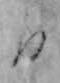
日